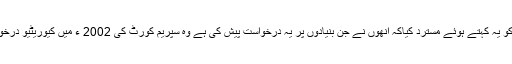
جسٹس ایچ ایل دتو کی زیرقیادت 3 ججس پر مشتمل بنچ نے عبدالرزاق میمن کی درخواست کو یہ کہتے ہوئے مسترد کیاکہ انھوں نے جن بنیادوں پر یہ درخواست پیش کی ہے وہ سپریم کورٹ کی 2002 ء میں کیوریٹیو درخواستوں کے تعلق سے فیصلہ کے معاملہ میں متعین کردہ اصولوں سے مطابقت نہیں رکھتیں۔